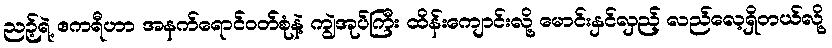
ညဉ့်ရဲ့ ဧကရီဟာ အနက်ရောင်ဝတ်စုံနဲ့ ကျွဲအုပ်ကြီး ထိန်းကျောင်းလို့ မောင်းနှင်လှည့် လည်လေ့ရှိတယ်လို့